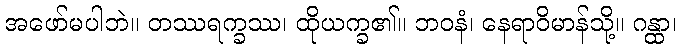
အဖော်မပါဘဲ။ တဿရက္ခဿ၊ ထိုယက္ခ၏။ ဘဝနံ၊ နေရာဝိမာန်သို့။ ဂန္ထာ၊